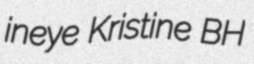
ineye Kristine BH